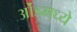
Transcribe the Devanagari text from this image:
ओंडमध्ये